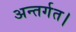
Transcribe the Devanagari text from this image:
अन्तर्गत।